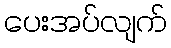
ပေးအပ်လျက်